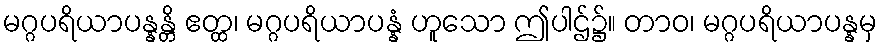
မဂ္ဂပရိယာပန္နန္တိ ဧတ္ထ၊ မဂ္ဂပရိယာပန္နံ ဟူသော ဤပါဌ်၌။ တာဝ၊ မဂ္ဂပရိယာပန္နမှ